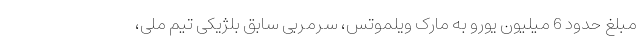
مبلغ حدود 6 میلیون یورو به مارک ویلموتس، سرمربی سابق بلژیکی تیم ملی،